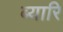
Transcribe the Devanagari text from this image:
ब्यारि